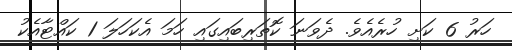
ހަރު 6 ކަށި ހުރެއެވެ. ދެވަނަ ކޮތަރިބައިގައި ހަމަ އެކަހަލަ 1 ކައްޓާއެކު